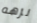
نزهه